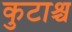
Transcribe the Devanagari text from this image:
कुटाश्च